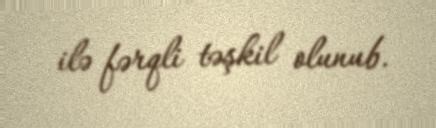
ilə fərqli təşkil olunub.